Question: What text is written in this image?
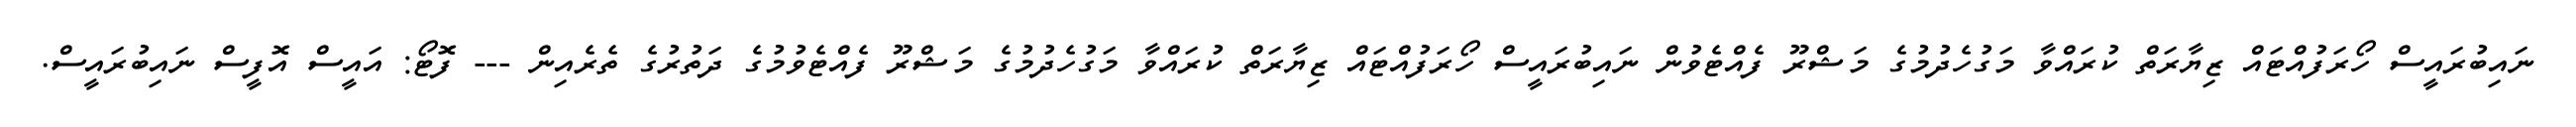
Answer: ނައިބުރައީސް ހޯރަފުއްޓައް ޒިޔާރަތް ކުރައްވާ މަގުހެދުމުގެ މަޝްރޫ ފެއްޓެވުން ނައިބުރައީސް ހޯރަފުއްޓައް ޒިޔާރަތް ކުރައްވާ މަގުހެދުމުގެ މަޝްރޫ ފެއްޓެވުމުގެ ދަތުރުގެ ތެރެއިން --- ފޮޓޯ: އައީސް އޮފީސް ނައިބުރައީސް.